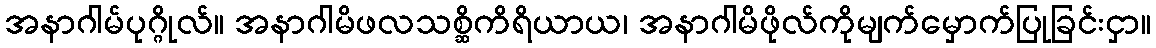
အနာဂါမ်ပုဂ္ဂိုလ်။ အနာဂါမိဖလသစ္ဆိကိရိယာယ၊ အနာဂါမိဖိုလ်ကိုမျက်မှောက်ပြုခြင်းငှာ။